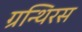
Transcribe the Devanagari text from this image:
ग्रन्थिरस